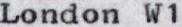
London W1